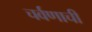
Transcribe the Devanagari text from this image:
चर्वणाची